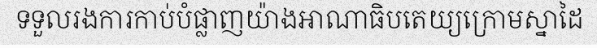
ទទួលរងការកាប់បំផ្លាញយ៉ាងអាណាធិបតេយ្យក្រោមស្នាដៃ